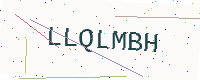
Text: LLQLMBH